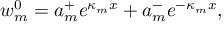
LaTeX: w _ { m } ^ { 0 } = a _ { m } ^ { + } e ^ { \kappa _ { m } x } + a _ { m } ^ { - } e ^ { - \kappa _ { m } x } ,